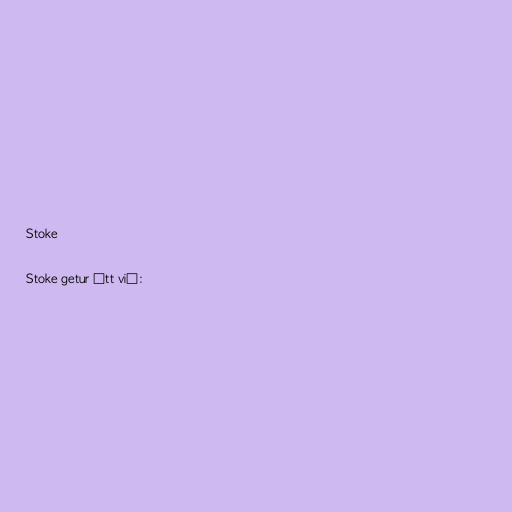
Stoke

Stoke getur átt við: